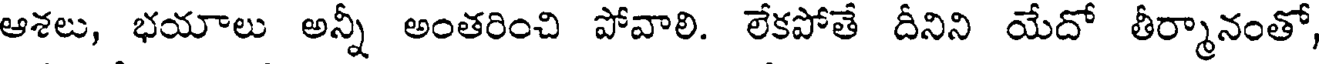
ఆశలు, భయాలు అన్నీ అంతరించి పోవాలి. లేకపోతే దీనిని యేదో తీర్మానంతో,